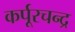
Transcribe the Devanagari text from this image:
कर्पूरचन्द्र